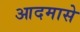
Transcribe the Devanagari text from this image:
आदमासे